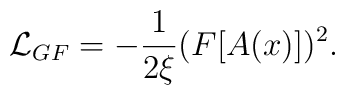
{\cal L}_{GF}  = - {1 \over 2\xi} (F[A(x)])^2 .